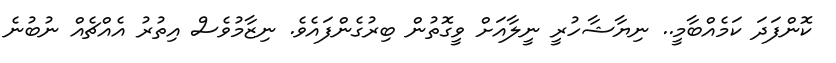
ކޮންފަދަ ކަމެއްބާމީ.. ނިޔާޝާހުރީ ނީލާއަށް ވީގޮތުން ބިރުގެންފައެވެ. ނިޒާމުވެސް އިތުރު އެއްޗެއް ނުބުނެ